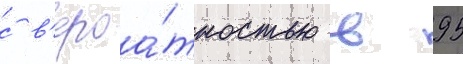
с в'ероа́тностью в 95